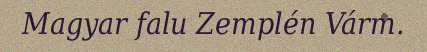
Magyar falu Zemplén Várm.